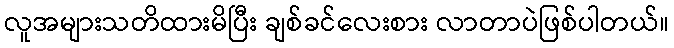
လူအများသတိထားမိပြီး ချစ်ခင်လေးစား လာတာပဲဖြစ်ပါတယ်။